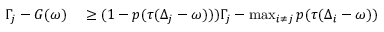
\begin{array} { r l } { \Gamma _ { j } - G ( \omega ) } & { { } \geq ( 1 - p ( \tau ( \Delta _ { j } - \omega ) ) ) \Gamma _ { j } - \operatorname* { m a x } _ { i \neq j } p ( \tau ( \Delta _ { i } - \omega ) ) } \end{array}